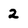
Character: 2